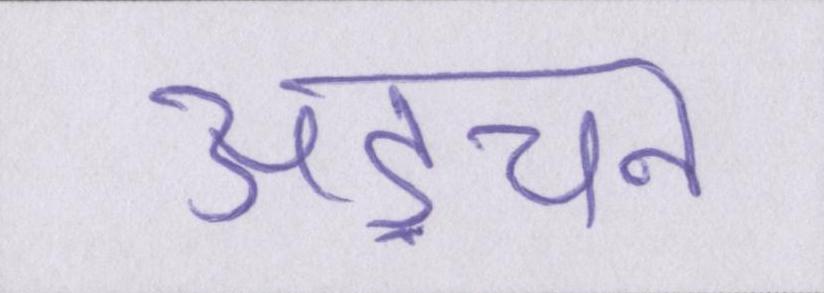
अड़चन